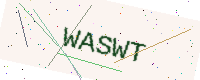
Text: WASWT